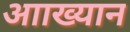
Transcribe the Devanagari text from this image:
आाख्यान